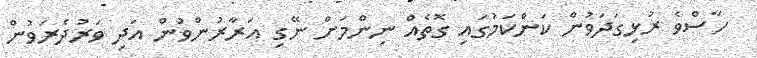
ހާސްވެ ރުޅިގަދަވުން ކަންކަމުގައި ގޮތެއް ނިންމަށް ނޭގި އަރާރުންވުން އަދި ވަރުދެރަވުން